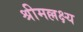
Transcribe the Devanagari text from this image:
श्रीमल्लक्ष्य